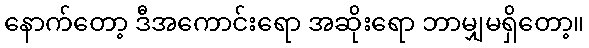
နောက်တော့ ဒီအကောင်းရော အဆိုးရော ဘာမျှမရှိတော့။